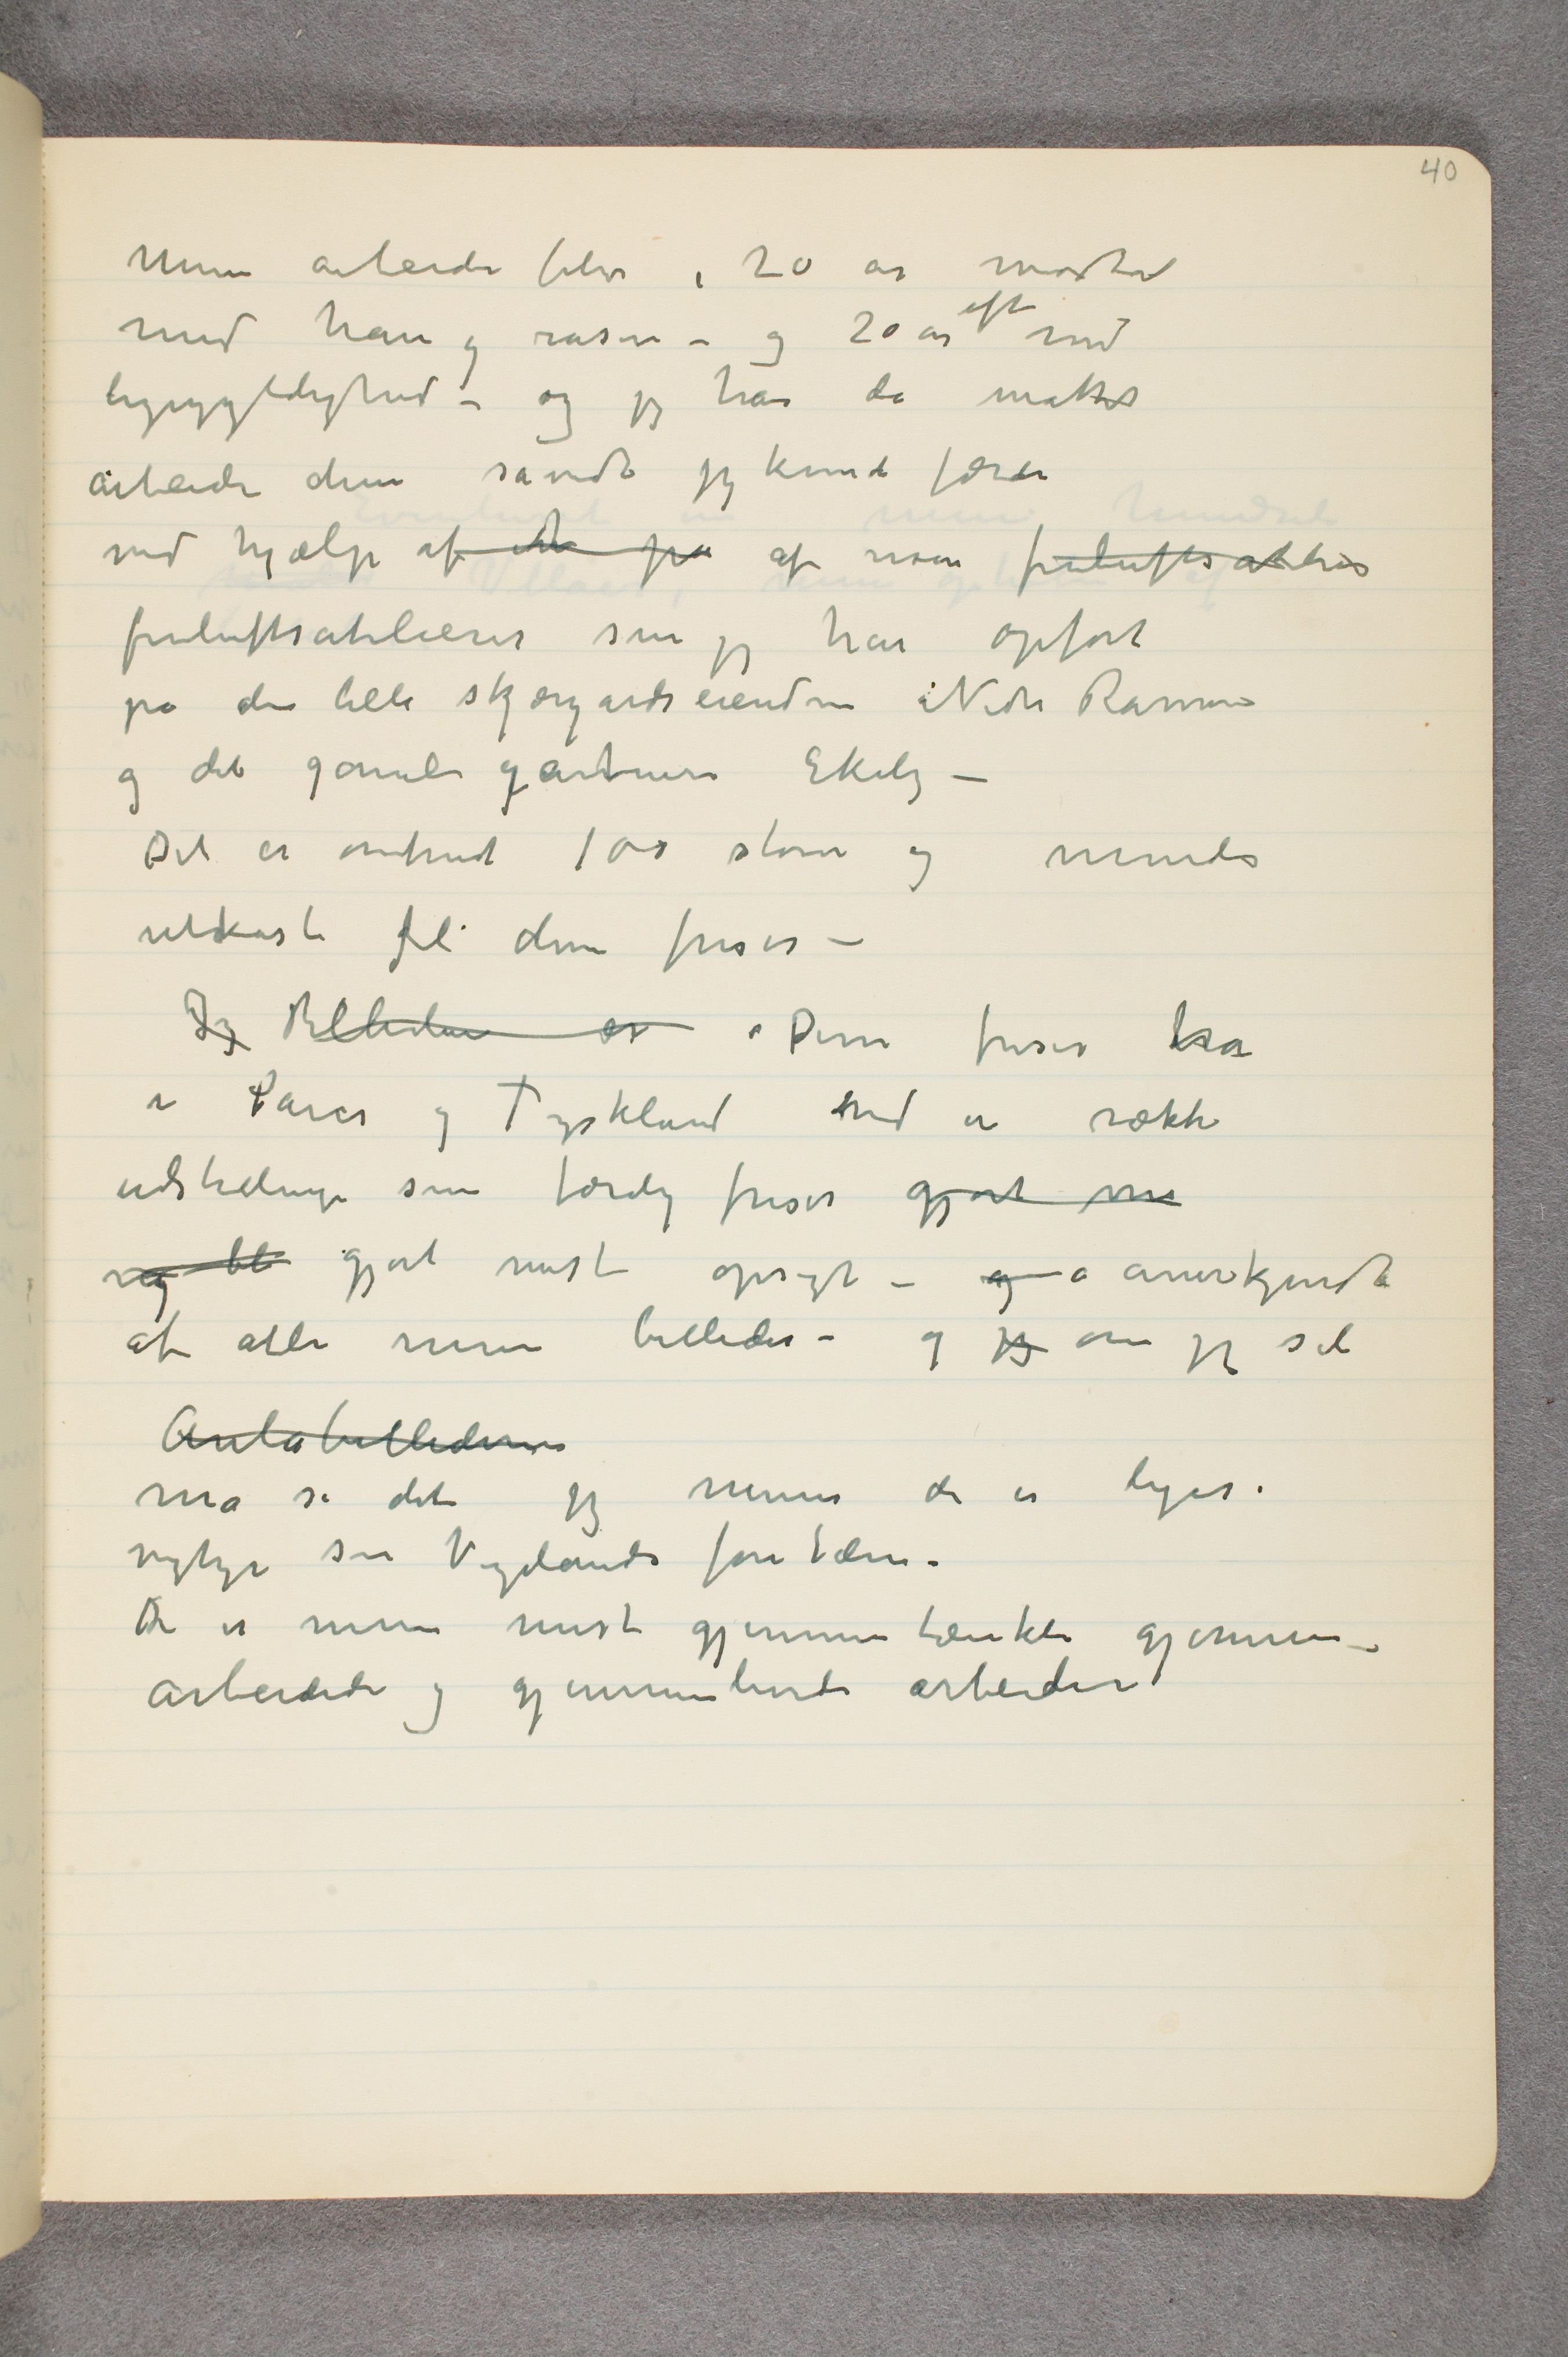
Mine arbeider blev i 20 år modtat
med hån og raseri – og 20 år efter med
ligegyldighed – og jeg har da måttet
arbeide dem såvidt jeg kunde færdi
ved hjælp af et på af noen friluftsatelier
friluftsatelierer som jeg har opført
på den lille skjærgårdseiendom Nedre Ramme
og det gamle gartneriet Ekely –
Det er omtrent 100 store og mindre
udkast til disse friser –
Jeg Billedene er Disse friser har
i Paris og Tyskland ved en række
udstillinger som færdig friser gjort me
 …  bli gjort mest opsigt – og  …  anerkjendt
af alle mine billeder – og jeg om jeg sel
Aulabillederne
må si det jeg mener de er ligeså
vigtige som Vigelands fontæne.
De er mine mest gjennemtænkte gjennem-
arbeidede og gjennemlevede arbeider